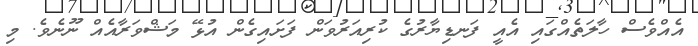
އެއްވެސް ހާލަތެއްގައި އެއީ ފަނޑިޔާރުގެ ކުރިއަރުވަން ފަށައިގެން އުޅޭ މަޝްވަރާއެއް ނޫނެވެ. މި